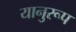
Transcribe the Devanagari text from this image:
यानुरूप